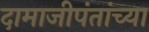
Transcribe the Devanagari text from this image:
दामाजीपंतांच्या